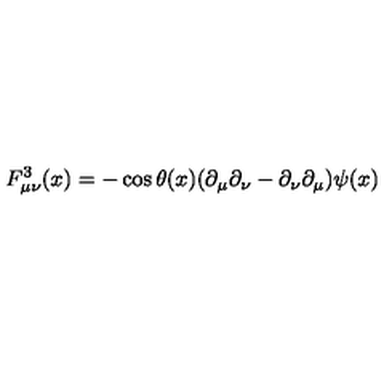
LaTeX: F _ { \mu \nu } ^ { 3 } ( x ) = - \cos \theta ( x ) ( \partial _ { \mu } \partial _ { \nu } - \partial _ { \nu } \partial _ { \mu } ) \psi ( x )